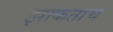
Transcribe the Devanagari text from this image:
झाकताच